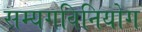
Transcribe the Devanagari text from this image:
सम्यगविनियोग